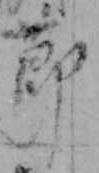
節